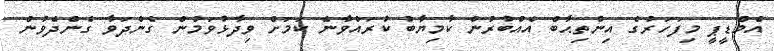
އެމްޑީޕީ މިފަހަރުގެ އިންތިޙާބް އެއްބުރުން ކާމިޔާބު ކުރައްވާނެ ކަމަށް ވިދާޅުވަމުން ގެންދަވާ ގެންދެވުން